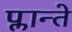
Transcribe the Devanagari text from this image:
प्लान्ते